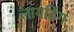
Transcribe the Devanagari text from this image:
लायटिंग